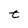
Character: t